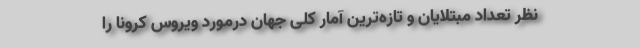
نظر تعداد مبتلایان و تازه‌ترین آمار کلی جهان درمورد ویروس کرونا را